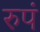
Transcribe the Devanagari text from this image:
रुपं